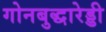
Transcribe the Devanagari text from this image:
गोनबुद्धारेड्डी